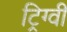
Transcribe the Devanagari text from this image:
ट्रिग्वी